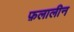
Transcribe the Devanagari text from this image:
फ़लालीन